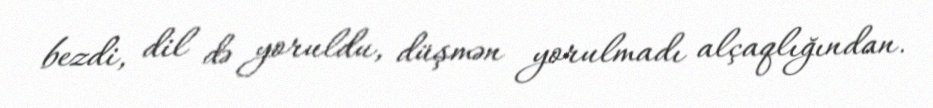
bezdi, dil də yoruldu, düşmən yorulmadı alçaqlığından.